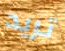
تريد